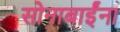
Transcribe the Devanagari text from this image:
सोनाबाईंना